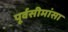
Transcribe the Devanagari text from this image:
पूर्वसीमांसा